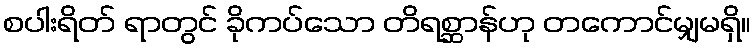
စပါးရိတ် ရာတွင် ခိုကပ်သော တိရစ္ဆာန်ဟု တကောင်မျှမရှိ။